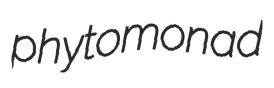
phytomonad